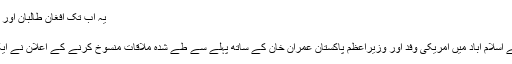
یہ اب تک افغان طالبان اور امریکی حکام کے درمیان ہونے والی سب سے …
فروری 19, 2019	150
لاہور(مانیٹرنگ ڈیسک) افغان طالبان کی جانب سے اسلام آباد میں امریکی وفد اور وزیراعظم پاکستان عمران خان کے ساتھ پہلے سے طے شدہ ملاقات منسوخ کرنے کے اعلان نے ایک مرتبہ پھر کئی شکوک و شبہات کو جنم دیا ہے۔